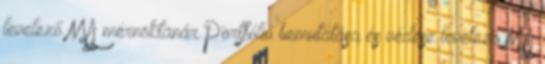
levelező MA mérnöktanár Portfólió bemutatása és védése levelező MA